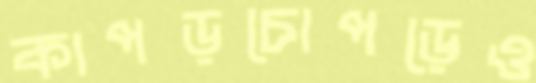
কাপড়চোপড়েও